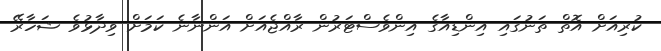
ކުރިއަށް އޮތް ތަނުގައި އިންޑިއާގެ އިންވެސްޓަރުން ރާއްޖެއަށް އަންނާނެ ކަމަށް ވިދާޅުވެ ޝަހާރޭ